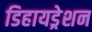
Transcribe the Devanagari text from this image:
डिहायड्रेशन